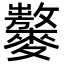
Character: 𪍾